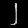
Digit: ၂